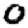
Digit: 0